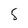
Character: 5